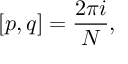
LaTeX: [ p , q ] = \frac { 2 \pi i } { N } ,